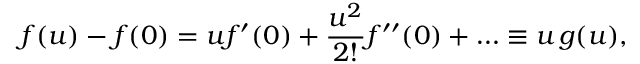
f ( u ) - f ( 0 ) = u f ^ { \prime } ( 0 ) + \frac { u ^ { 2 } } { 2 ! } f ^ { \prime \prime } ( 0 ) + \ldots \equiv u \, g ( u ) ,